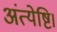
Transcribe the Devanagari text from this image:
अंत्येष्टि।